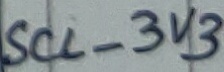
Text: SCL_3V§